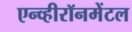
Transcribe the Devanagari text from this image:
एन्व्हीरॉनमेंटल